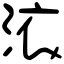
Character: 㳖